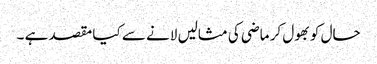
حال کو بھول کر ماضی کی مثالیں لانے سے کیا مقصد ہے ۔